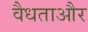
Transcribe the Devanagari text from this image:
वैधताऔर